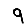
Digit: 9